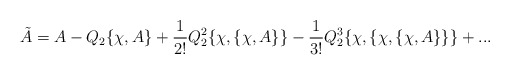
\begin{align*}\tilde A=A-Q_2\{\chi ,A\}+{1\over {2!}}Q_2^2\{\chi ,\{\chi ,A\}\}-{1\over {3!}}Q_2^3\{\chi ,\{\chi ,\{\chi ,A\}\}\}+...\end{align*}